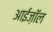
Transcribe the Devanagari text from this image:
आईज़ॉल